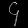
Digit: ၄